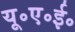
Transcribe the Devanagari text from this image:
यू॰ए॰ई॰